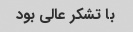
با تشکر عالی بود